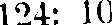
124: 10